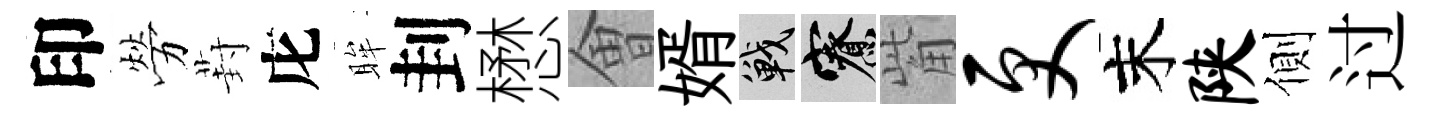
印勞葑庀眸刲懋㑹婿戰寮觜更末陕側过